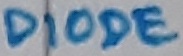
Text: DIODE